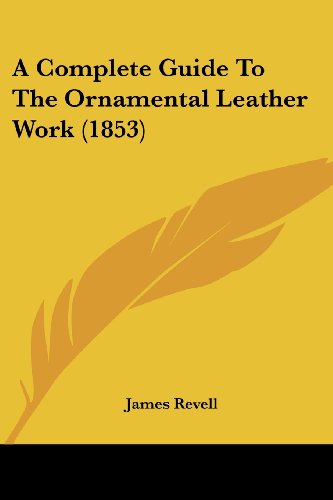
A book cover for A Complete Guide To The Ornamental Leather Work (1853); James Revell; Crafts, Hobbies & Home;